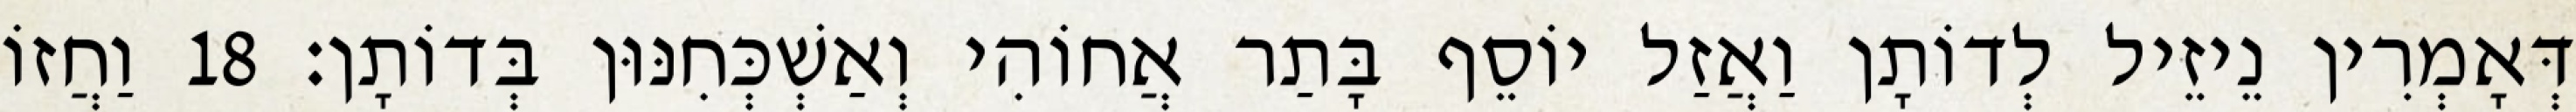
דְּאָמְרִין נֵיזֵיל לְדוֹתָן וַאֲזַל יוֹסֵף בָּתַר אֲחוֹהִי וְאַשְׁכְּחִנּוּן בְּדוֹתָן׃ 18 וַחֲזוֹ